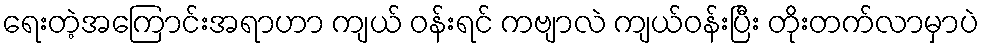
ရေးတဲ့အကြောင်းအရာဟာ ကျယ် ဝန်းရင် ကဗျာလဲ ကျယ်ဝန်းပြီး တိုးတက်လာမှာပဲ